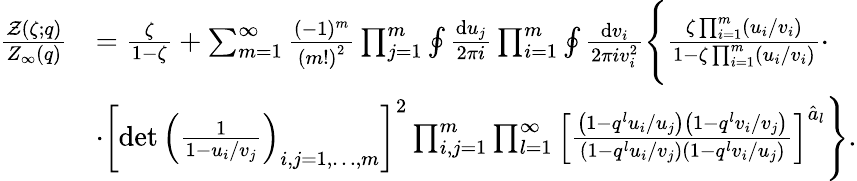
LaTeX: \begin{array}{rl}{\frac{\mathcal{Z}(\zeta;q)}{Z_{\infty}(q)}}&{=\frac{\zeta}{1-\zeta}+\sum_{m=1}^{\infty}\frac{(-1)^{m}}{\left(m!\right)^{2}}\prod_{j=1}^{m}\oint\frac{{\mathrm{d}}u_{j}}{2\pi i}\prod_{i=1}^{m}\oint\frac{{\mathrm{d}}v_{i}}{2\pi iv_{i}^{2}}\Bigg\{ \frac{\zeta\prod_{i=1}^{m}\left(u_{i}/v_{i}\right)}{1-\zeta\prod_{i=1}^{m}\left(u_{i}/v_{i}\right)}\cdot}\\ &{\cdot\left[\operatorname*{det}\left(\frac{1}{1-u_{i}/v_{j}}\right)_{i,j=1,\dots,m}\right]^{2}\prod_{i,j=1}^{m}\prod_{l=1}^{\infty}\left[\frac{\left(1-q^{l}u_{i}/u_{j}\right)\left(1-q^{l}v_{i}/v_{j}\right)}{\left(1-q^{l}u_{i}/v_{j}\right)\left(1-q^{l}v_{i}/u_{j}\right)}\right]^{\hat{a}_{l}}\Bigg\} .}\end{array}